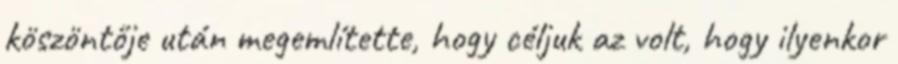
köszöntője után megemlítette, hogy céljuk az volt, hogy ilyenkor